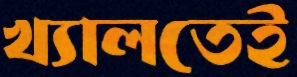
খ্যালতেই